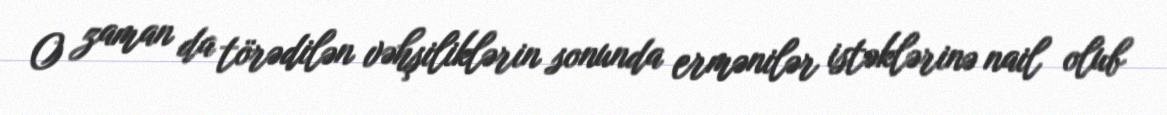
O zaman da törədilən vəhşiliklərin sonunda ermənilər istəklərinə nail olub